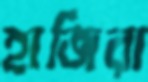
হাজিরা